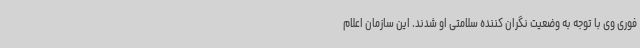
فوری وی با توجه به وضعیت نگران کننده سلامتی او شدند. این سازمان اعلام